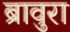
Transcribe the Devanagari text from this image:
ब्रावुरा